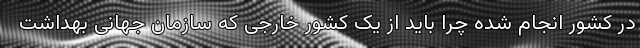
در کشور انجام شده چرا باید از یک کشور خارجی که سازمان جهانی بهداشت